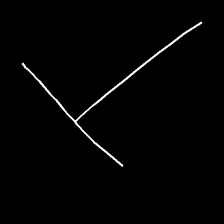
Glyph: column